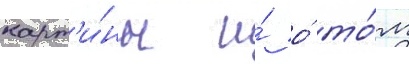
карт'и́ны и́ о́ то́м